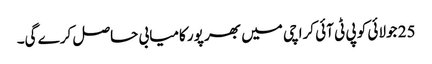
25 جولائی کو پی ٹی آئی کراچی میں بھر پور کامیابی حاصل کرے گی۔